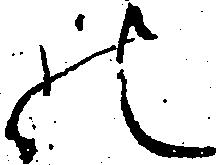
の